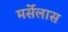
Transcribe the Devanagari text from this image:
मर्सेलास